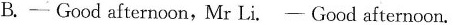
B.- Good afternoon,Mr Li. - Good afternoon.